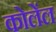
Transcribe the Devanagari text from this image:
कोलेंल